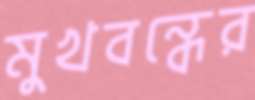
মুখবন্ধের